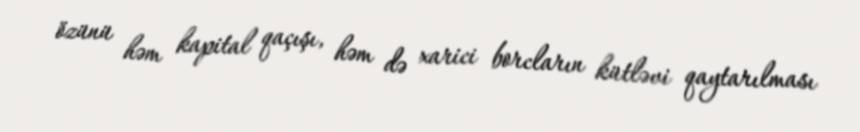
özünü həm kapital qaçışı, həm də xarici borcların kütləvi qaytarılması